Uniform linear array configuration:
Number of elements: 64
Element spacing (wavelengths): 1
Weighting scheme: blackman
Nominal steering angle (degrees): -15
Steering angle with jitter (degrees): -14.785
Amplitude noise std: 0.05
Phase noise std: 0.05

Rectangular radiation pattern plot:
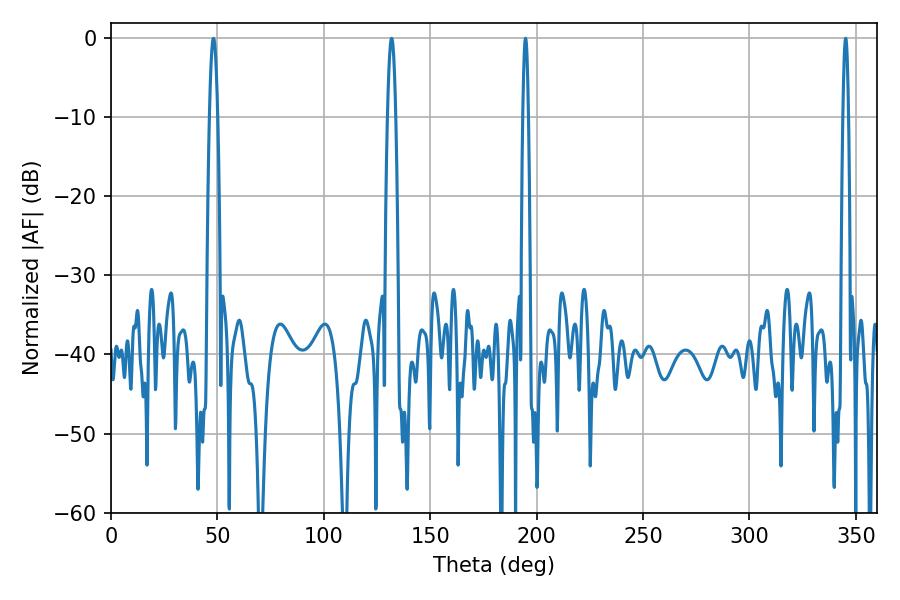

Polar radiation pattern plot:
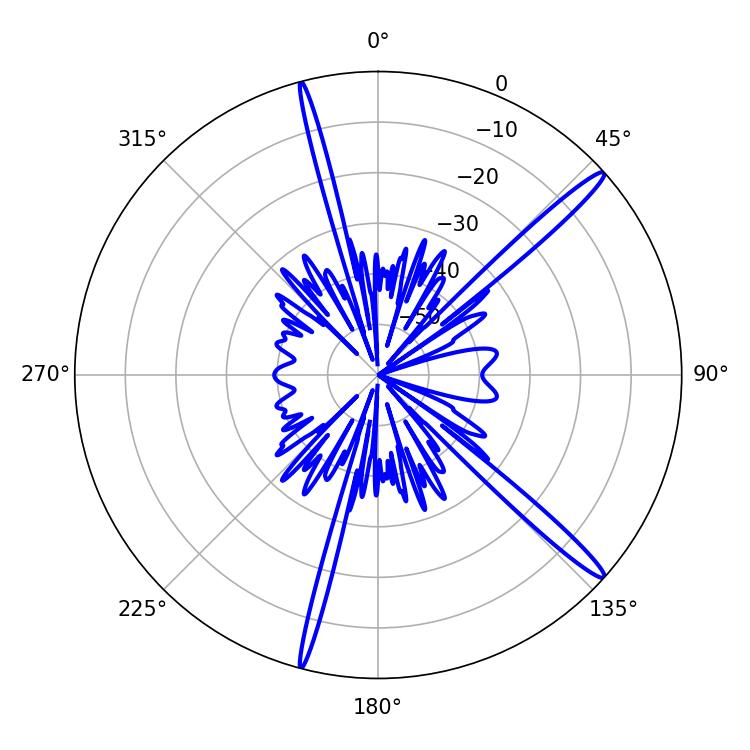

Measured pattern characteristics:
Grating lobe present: TRUE
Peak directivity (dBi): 16.34
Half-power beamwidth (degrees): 1.44
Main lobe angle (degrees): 194.76